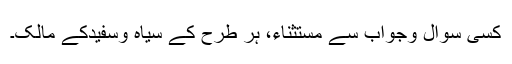
کسی سوال وجواب سے مستثناء، ہر طرح کے سیاہ وسفیدکے مالک۔